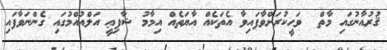
ޤުރުއާނުގައި މާތް  ވަޙީކުރަށްވާފައިވާ އެތަކެއް އާޔަތެއް އިމާމު ޝާފިޢީ އަލްއުއްމުގައި ގެންނަވާފައި